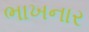
ભાખનાર